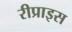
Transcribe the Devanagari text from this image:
रीप्राइस